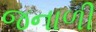
જનાળી